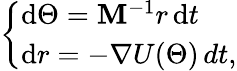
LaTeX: \left\{ \begin{array}{l}{\mathrm{d}\Theta=\mathbf{M}^{-1}r\, \mathrm{d}t}\\ {\mathrm{d}r=-\nabla U(\Theta)\mathrm\, {d}t,}\end{array}\right.